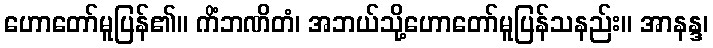
ဟောတော်မူပြန်၏။ ကိံဘဏိတံ၊ အဘယ်သို့ဟောတော်မူပြန်သနည်း။ အာနန္ဒ၊